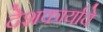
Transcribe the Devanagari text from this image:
देशकार्याचे